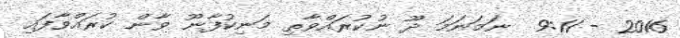
2016 - 9:11  ނަމަނަމަ ދޫ ނުކުރައްވާތި މަނިކުފާނޫ ވާން ކުރައްވާފައި